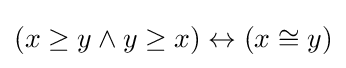
(x\geq y\land y\geq x)\leftrightarrow (x\cong y)